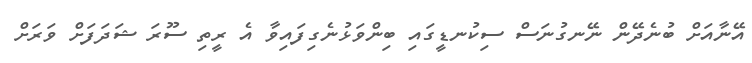
އޭނާއަށް ބުނެދޭން ނޭނގުނަސް ސިކުނޑީގައި ބިންވަޅުނެގިފައިވާ އެ ރީތި ސޫރަ ޝަދަފަށް ވަރަށް